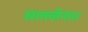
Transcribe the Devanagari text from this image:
सातवीनंतर